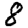
Digit: 8